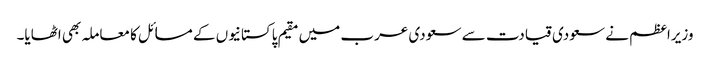
وزیراعظم نے سعودی قیادت سے سعودی عرب میں مقیم پاکستانیوں کے مسائل کا معاملہ بھی اٹھایا۔